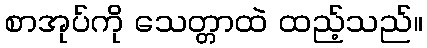
စာအုပ်ကို သေတ္တာထဲ ထည့်သည်။